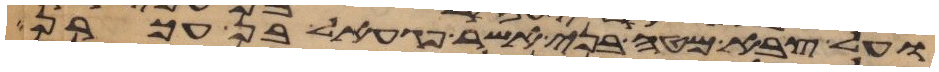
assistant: ועל צבא מטה בני אשר פגעאל בן עכרן